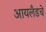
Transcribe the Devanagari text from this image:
आयलँडचे